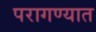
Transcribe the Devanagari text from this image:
परागण्यात